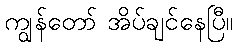
ကျွန်တော် အိပ်ချင်နေပြီ။